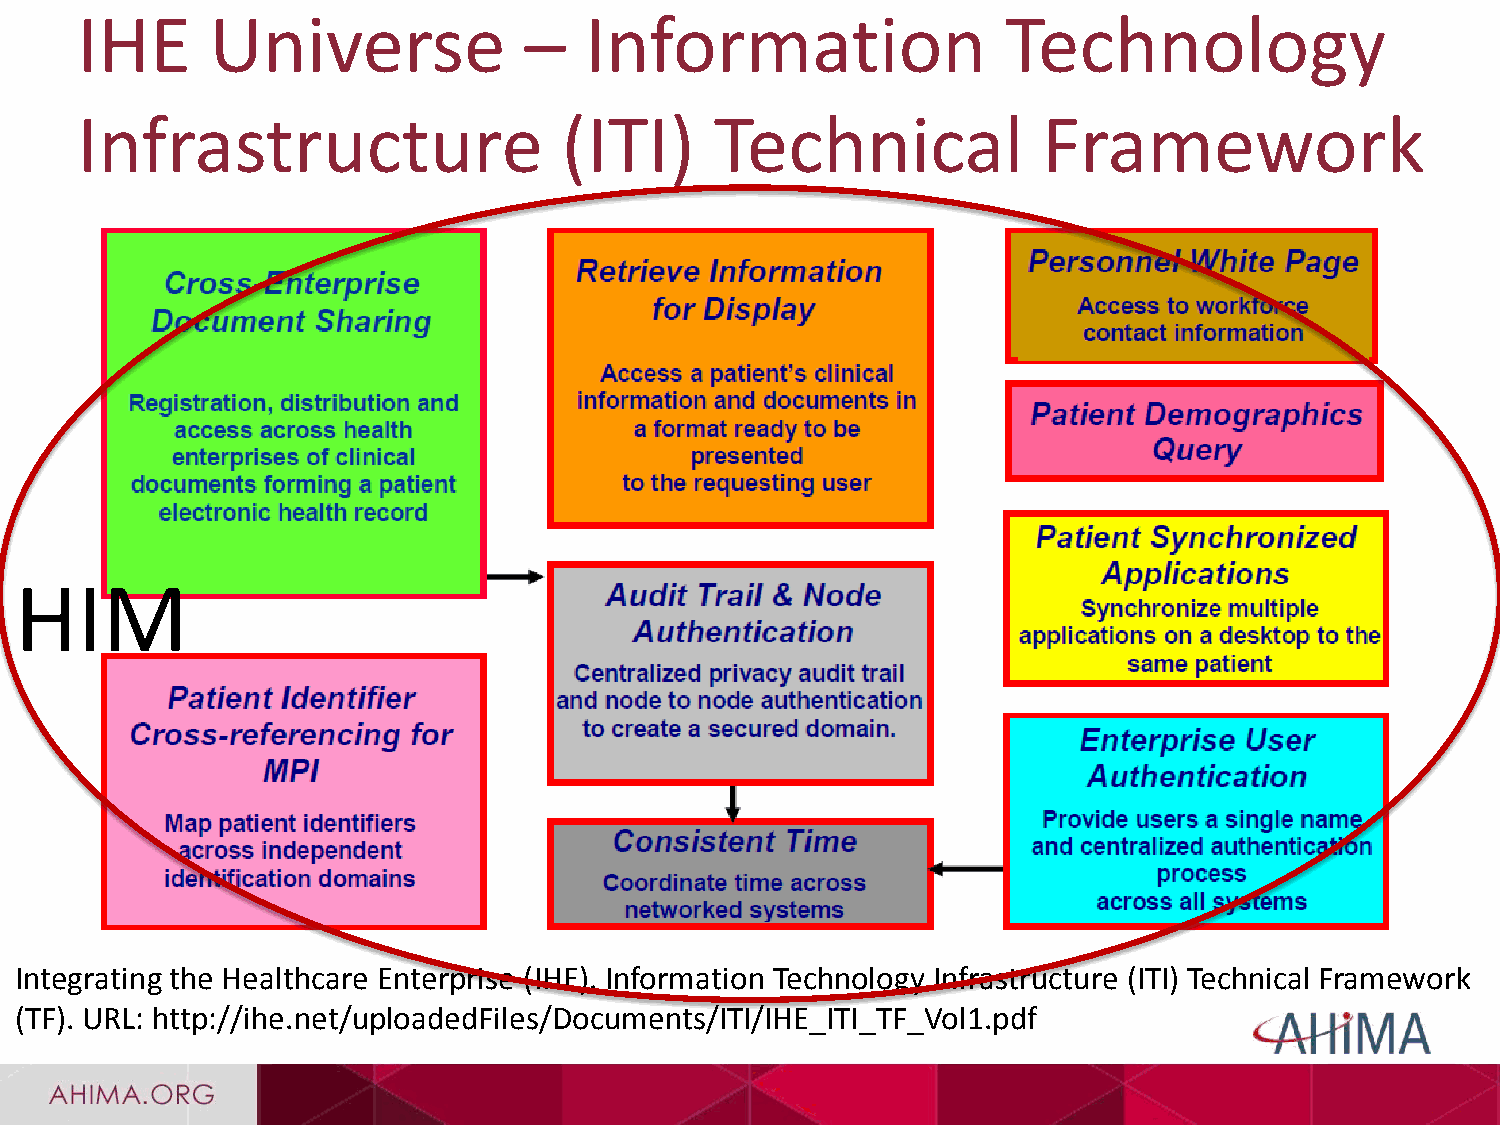
IHE      Universe             –   Information                 Technology
 Infrastructure                  (ITI)     Technical             Framework
 HIM
 Integrating the Healthcare Enterprise (IHE). Information Technology Infrastructure (ITI) Technical Framework
 (TF). URL: http://ihe.net/uploadedFiles/Documents/ITI/IHE_ITI_TF_Vol1.pdf